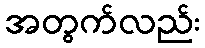
အတွက်လည်း